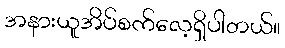
အနားယူအိပ်စက်လေ့ရှိပါတယ်။